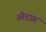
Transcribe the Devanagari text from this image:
ओदछा